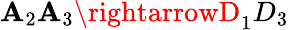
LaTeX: \mathbf{A}_{2}\mathbf{A}_{3}\rightarrowD_{1}D_{3}